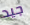
جيد